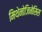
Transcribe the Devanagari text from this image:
मिथेनोजिनेसिस